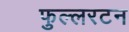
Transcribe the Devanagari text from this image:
फुल्लरटन